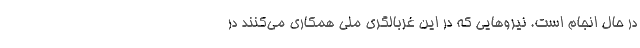
در حال انجام است. نیروهایی که در این غربالگری ملی همکاری می‌کنند در